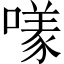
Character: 𱔮